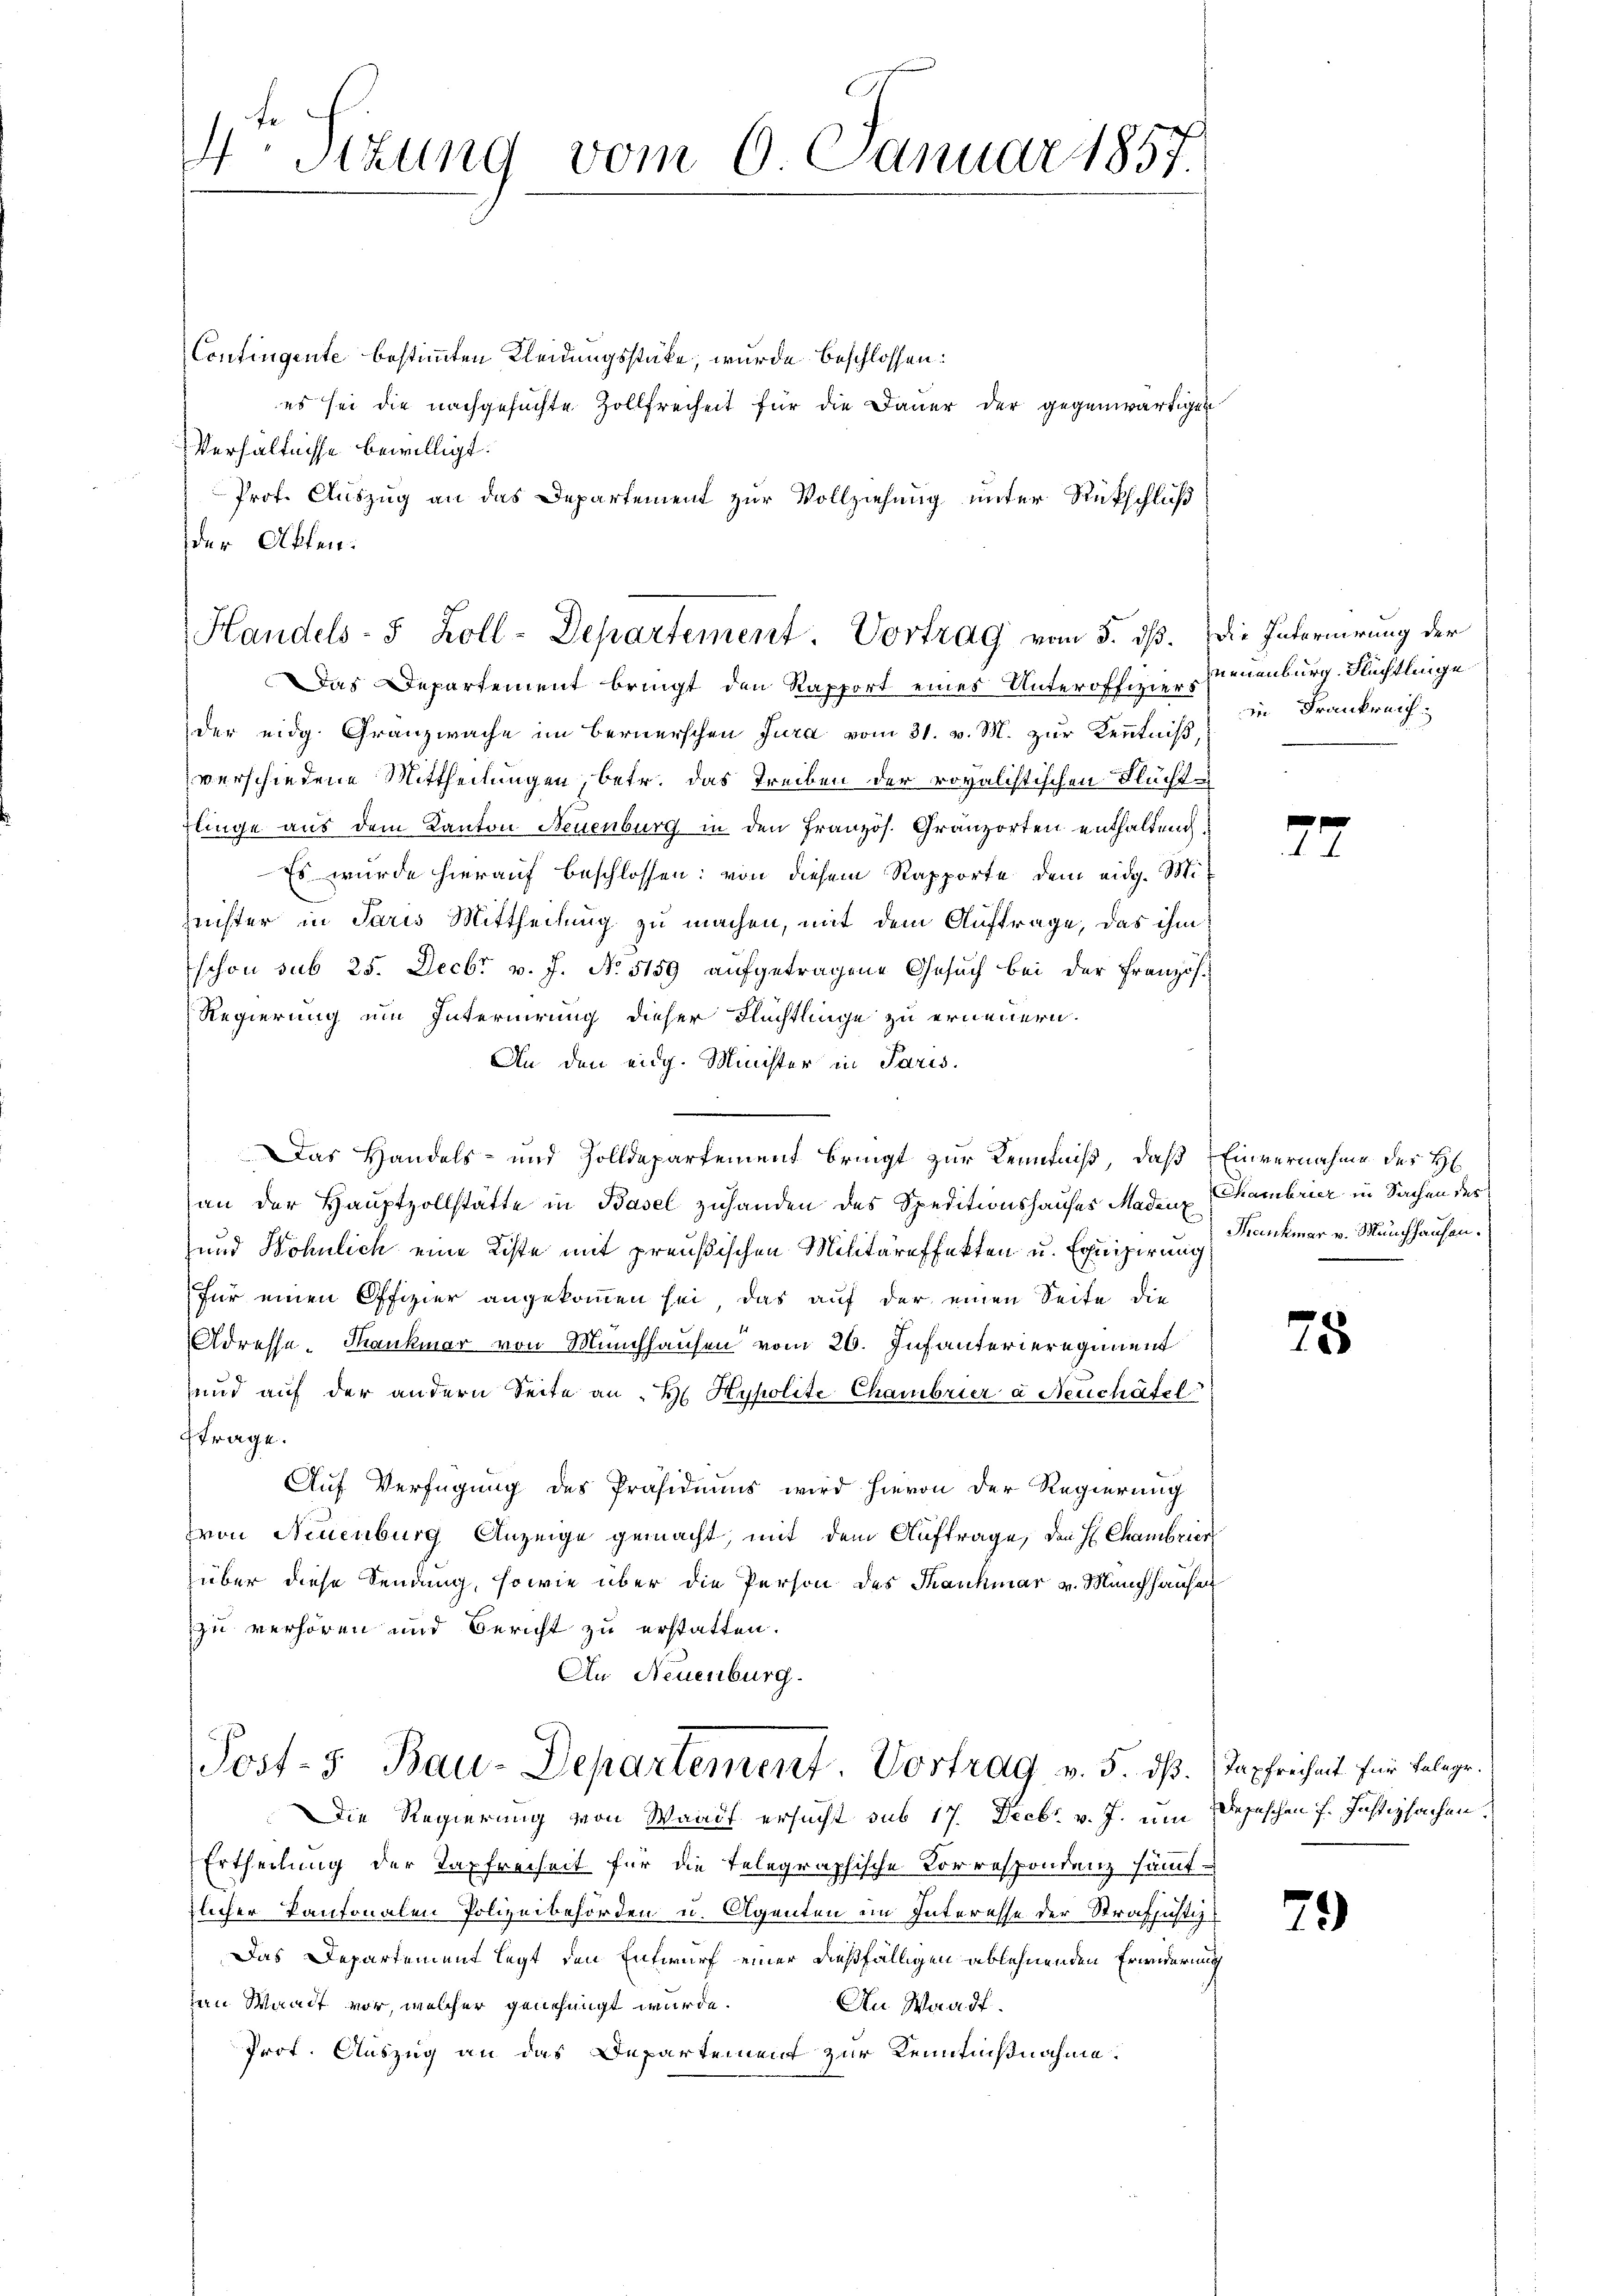
4. Sizung vom 6. Januar 1857.

Contingente bestimmten Kleidungsstücke, wurde beschlossen:
es sei die nachgesuchte Zollfreiheit für die Dauer der gegenwärtigen
Verhältnisse bewilligt.
Prof. Auszug an das Departement zur Vollziehung unter Rückschluß
der Akten.
Das Departement bringt den Rapport eines Unteroffizierssenenburg. Flüchtlinge
der eidg. Granzwache im Bernerschen Jura vom 31. v. M. zur Kenntniß,
verschiedene Mittheilungen, betr. das Treiben der rovalistischen Flüchte
flinge aus dem Kanton Neuenburg in den Französ. Granzorten enthaltend,
Es wurde hierauf beschlossen: von diesem Rapporte dem eidg. Mi
nister in Paris Mittheilung zu machen, mit dem Auftrage, das ihm
Eschon sub 25. Decbr v. J. No. 5159 aufgetragene Gesuch bei der Französ.
Regierung ein Internirung dieser Flüchtlinge zu erneuern.
An den eidg. Minister in Paris.
Das Handels- und Zolldepartement bringt zur Kenntniß, daß Einvernahme des H
an der Hauptzollstatte in Basel zuhanden des Speditionshauses Madenz
und Wöhnlich eine Kiste mit preußischen Militäreffekten u. Equipirung
für einen Offizier angekommen sei, das auf der einen Seite die
Adresse-Mankmar von Münchhausen vom 26. Infanterieregiment
und auf der andern Seite an H. Hypolite Chambrier à Neuchâtel
ftrage.
Auf Verfügung des Präsidiums wird hievon der Regierung
hron Neuenburg Anzeige gemacht, mit dem Auftrage, den H. Chambrier
über diese Sendung, sowie über die Person des Manchmar v. Münchhausen
zu verhören und Bericht zu erstatten.
An Neuenburg.

Handels- 5 Zoll-Departement. Vortrag vom 5. dß. Die Internirung der

Post- 5. Bau-Departement. Vortrag v. 5. dß.) Tapfreiheit für Belege.

in Frankreich

Die Regierung von Waadt ersucht sub 17. Decbr. v. J. um Depeschen 7. Justizsachen.
Ertheilung der Tapfreiheit für die telegraphische Korrespondenz sämmt-
zlicher Kantonalen Polizeibehörden u. Agenten im Interesse der Strafjustiz-
Das Departement legt den Entwurf einer dießfälligen ablehnenden Erwiderung
zen Waadt vor, welcher genehmigt würde.
An Waadt.
Prot. Auszug an das Departement zur Kenntnißnahme.

7

Chambrier in Sachen des
Kankmar v. Münchhausen.

75

79